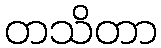
တသိတာ